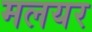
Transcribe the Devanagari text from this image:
मलयर